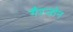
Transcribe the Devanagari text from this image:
गैरजोन